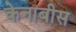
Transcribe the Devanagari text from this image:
केनाबीस